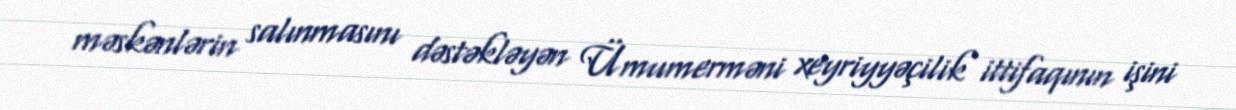
məskənlərin salınmasını dəstəkləyən Ümumerməni xeyriyyəçilik ittifaqının işini